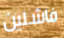
فاشلين